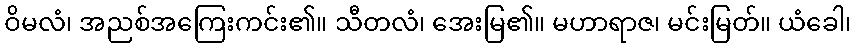
ဝိမလံ၊ အညစ်အကြေးကင်း၏။ သီတလံ၊ အေးမြ၏။ မဟာရာဇ၊ မင်းမြတ်။ ယံခေါ၊